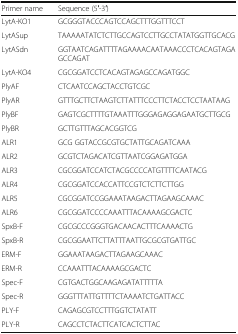
<table><thead><tr><td><b>Primer name</b></td><td><b>Sequence (5′-3′)</b></td></tr></thead><tbody><tr><td>LytA-KO1</td><td>GCGGGTACCCAGTCCAGCTTTGGTTTCCT</td></tr><tr><td>LytASup</td><td>TAAAAATATCTCTTGCCAGTCCTTGCCTATATGGTTGCACG</td></tr><tr><td>LytASdn</td><td>GGTAATCAGATTTTAGAAAACAATAAACCCTCACAGTAGAGCCAGAT</td></tr><tr><td>LytA-KO4</td><td>CGCGGATCCTCACAGTAGAGCCAGATGGC</td></tr><tr><td>PlyAF</td><td>CTCAATCCAGCTACCTGTCGC</td></tr><tr><td>PlyAR</td><td>GTTTGCTTCTAAGTCTTATTTCCCTTCTACCTCCTAATAAG</td></tr><tr><td>PlyBF</td><td>GAGTCGCTTTTGTAAATTTGGGAGAGGAGAATGCTTGCG</td></tr><tr><td>PlyBR</td><td>GCTTGTTTAGCACGGTCG</td></tr><tr><td>ALR1</td><td>GCG GGTACCGCGTGCTATTGCAGATCAAA</td></tr><tr><td>ALR2</td><td>GCGTCTAGACATCGTTAATCGGAGATGGA</td></tr><tr><td>ALR3</td><td>CGCGGATCCATCTACGCCCCATGTTTTCAATACG</td></tr><tr><td>ALR4</td><td>CGCGGATCCACCATTCCGTCTCTTCTTGG</td></tr><tr><td>ALR5</td><td>CGCGGATCCGGAAATAAGACTTAGAAGCAAAC</td></tr><tr><td>ALR6</td><td>CGCGGATCCCCAAATTTACAAAAGCGACTC</td></tr><tr><td>SpxB-F</td><td>CGCGCCCGGGTGACAACACTTTCAAAACTG</td></tr><tr><td>SpxB-R</td><td>CGCGGAATTCTTATTTAATTGCGCGTGATTGC</td></tr><tr><td>ERM-F</td><td>GGAAATAAGACTTAGAAGCAAAC</td></tr><tr><td>ERM-R</td><td>CCAAATTTACAAAAGCGACTC</td></tr><tr><td>Spec-F</td><td>CGTGACTGGCAAGAGATATTTTTA</td></tr><tr><td>Spec-R</td><td>GGGTTTATTGTTTTCTAAAATCTGATTACC</td></tr><tr><td>PLY-F</td><td>CAGAGCGTCCTTTGGTCTATATT</td></tr><tr><td>PLY-R</td><td>CAGCCTCTACTTCATCACTCTTAC</td></tr></tbody></table>